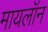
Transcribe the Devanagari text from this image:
मायलॉन